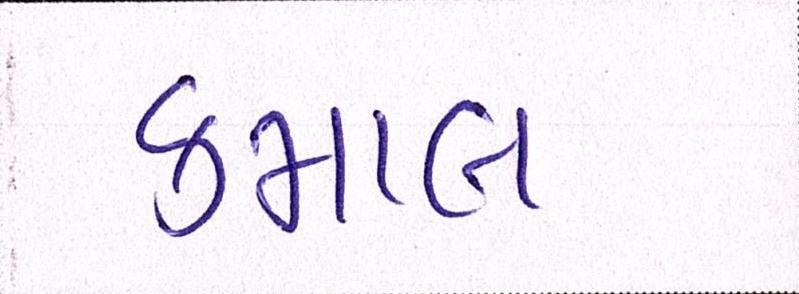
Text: કમાલ